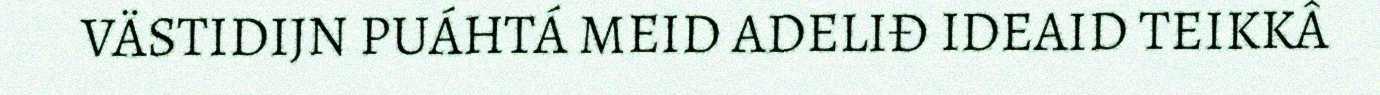
VÄSTIDIJN PUÁHTÁ MEID ADELIĐ IDEAID TEIKKÂ